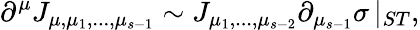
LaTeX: \partial^{\mu}J_{\mu,\mu_{1},...,\mu_{s-1}}\sim J_{\mu_{1},...,\mu_{s-2}}\partial_{\mu_{s-1}}\sigma\, |_{ST},